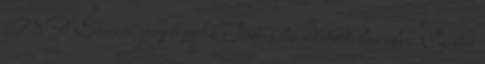
M Ft Szerzői jogok Az Index.hu adatvédelmi elvei Czibere